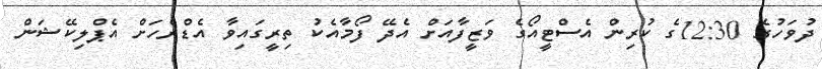
ދުވަހުގެ 12:30ގެ ކުރިން އެސްޓީއޯގެ ވަޒީފާއަށް އެދޭ ފޯމާއެކު ތިރީގައިވާ އެޑްރެހަށް އެޕްލިކޭޝަން